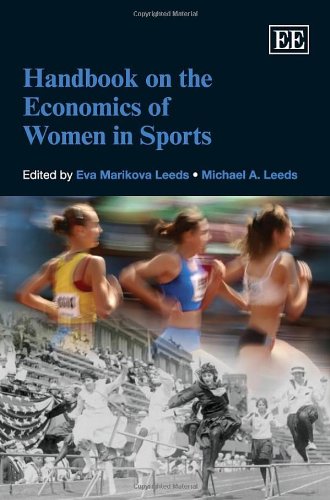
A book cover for Handbook on the Economics of Women in Sports (Elgar Original Reference); Eva Marikova Leeds; Politics & Social Sciences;